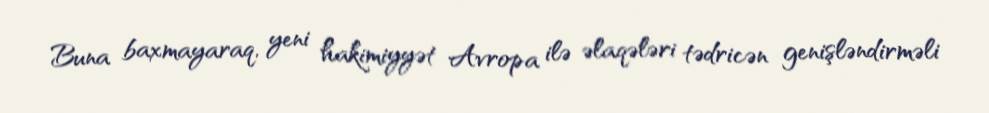
Buna baxmayaraq, yeni hakimiyyət Avropa ilə əlaqələri tədricən genişləndirməli